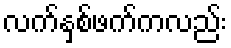
လက်နှစ်ဖက်ကလည်း